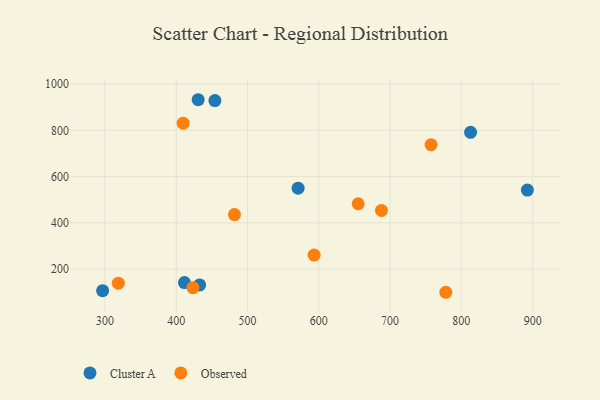
{"axis": {"x": "Speed", "y": "Demand"}, "legend": ["Cluster A", "Observed"], "data": [{"x": "892.6", "y": 541.6, "type": "Cluster A"}, {"x": "411.6", "y": 141.5, "type": "Cluster A"}, {"x": "571.0", "y": 549.5, "type": "Cluster A"}, {"x": "296.8", "y": 106.3, "type": "Cluster A"}, {"x": "454.3", "y": 928.8, "type": "Cluster A"}, {"x": "430.8", "y": 932.3, "type": "Cluster A"}, {"x": "812.9", "y": 791.2, "type": "Cluster A"}, {"x": "432.9", "y": 131.4, "type": "Cluster A"}, {"x": "757.5", "y": 737.8, "type": "Observed"}, {"x": "481.7", "y": 435.6, "type": "Observed"}, {"x": "409.7", "y": 830.7, "type": "Observed"}, {"x": "655.3", "y": 482.3, "type": "Observed"}, {"x": "687.9", "y": 453.4, "type": "Observed"}, {"x": "778.2", "y": 99.4, "type": "Observed"}, {"x": "423.5", "y": 119.4, "type": "Observed"}, {"x": "318.8", "y": 138.7, "type": "Observed"}, {"x": "593.5", "y": 260.5, "type": "Observed"}]}